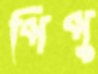
পিপু